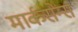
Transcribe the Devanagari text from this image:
मार्कसेन्स